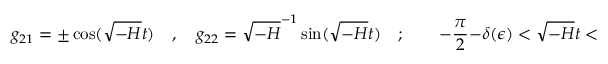
g _ { 2 1 } = \pm \cos ( \sqrt { - H } t ) \quad , \quad g _ { 2 2 } = \sqrt { - H } ^ { - 1 } \sin ( \sqrt { - H } t ) \quad ; \qquad - \frac { \pi } { 2 } - \delta ( \epsilon ) < \sqrt { - H } t < \frac { \pi } { 2 } + \delta ( \epsilon ) ,